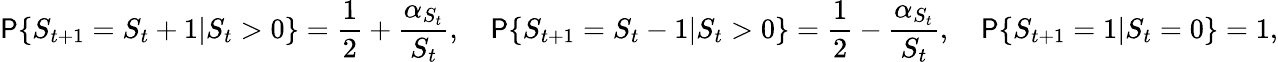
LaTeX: {\mathsf{P}}\{ S_{t+1}=S_{t}+1|S_{t}>0\} ={\frac{1}{2}}+{\frac{\alpha_{S_{t}}}{S_{t}}},\quad{\mathsf{P}}\{ S_{t+1}=S_{t}-1|S_{t}>0\} ={\frac{1}{2}}-{\frac{\alpha_{S_{t}}}{S_{t}}},\quad{\mathsf{P}}\{ S_{t+1}=1|S_{t}=0\} =1,